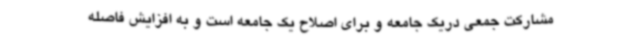
مشارکت جمعی دریک جامعه و برای اصلاح یک جامعه است و به افزایش فاصله